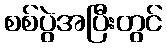
စစ်ပွဲအပြီးတွင်